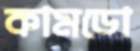
কামডো